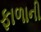
ફાળાની